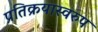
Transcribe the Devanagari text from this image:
प्रतिक्रयास्वरुप